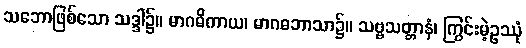
သဘောဖြစ်သော သဒ္ဒါ၌။ မာဂဓိကာယ၊ မာဂဓဘာသာ၌။ သဗ္ဗသတ္တာနံ၊ ကြွင်းမဲ့ဥဿုံ